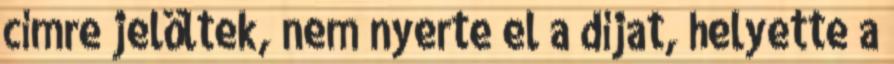
címre jelöltek, nem nyerte el a díjat, helyette a